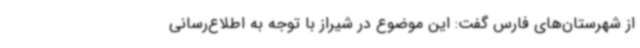
از شهرستان‌های فارس گفت: این موضوع در شیراز با توجه به اطلاع‌رسانی